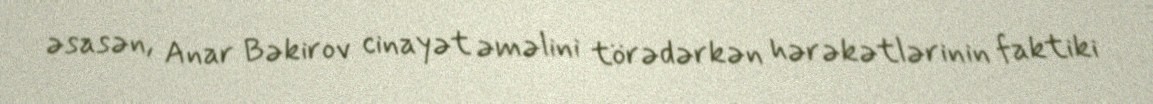
əsasən, Anar Bəkirov cinayət əməlini törədərkən hərəkətlərinin faktiki